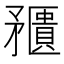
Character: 𥎛